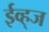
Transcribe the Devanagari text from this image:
ईव्ह्‌ज